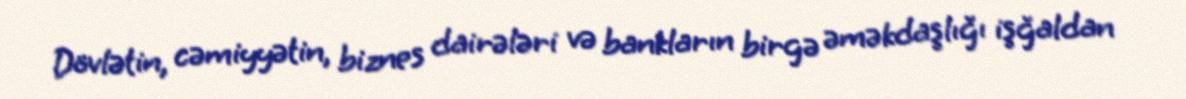
Dövlətin, cəmiyyətin, biznes dairələri və bankların birgə əməkdaşlığı işğaldan